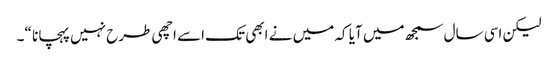
لیکن اسی سال سمجھ میں آیا کہ میں نے ابھی تک اسے اچھی طرح نہیں پہچانا “۔